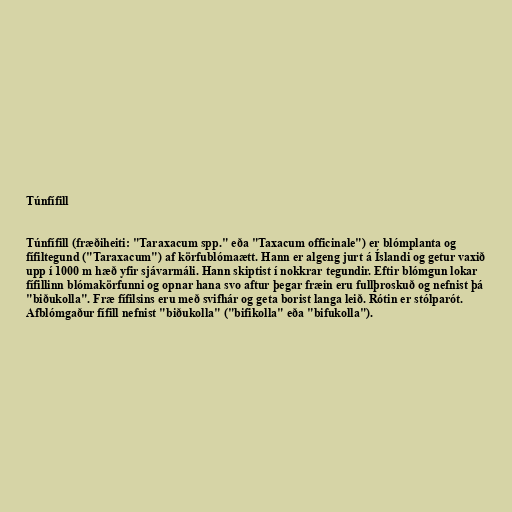
Túnfífill

Túnfífill (fræðiheiti: "Taraxacum spp." eða "Taxacum officinale") er blómplanta og
fífiltegund ("Taraxacum") af körfublómaætt. Hann er algeng jurt á Íslandi og getur vaxið
upp í 1000 m hæð yfir sjávarmáli. Hann skiptist í nokkrar tegundir. Eftir blómgun lokar
fífillinn blómakörfunni og opnar hana svo aftur þegar fræin eru fullþroskuð og nefnist þá
"biðukolla". Fræ fífilsins eru með svifhár og geta borist langa leið. Rótin er stólparót.
Afblómgaður fífill nefnist "biðukolla" ("bifikolla" eða "bifukolla").